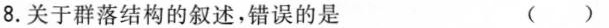
8.关于群落结构的叙述，错误的是 ( )